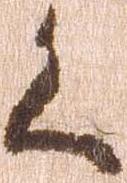
く